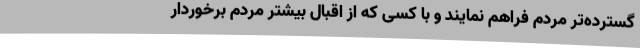
گسترده‌تر مردم فراهم نمایند و با کسی که از اقبال بیشتر مردم برخوردار